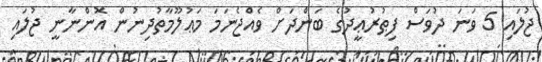
ޖުލައި 5 ވަނަ ދުވަސް ފިޠުރުޢީދުގެ ބަންދަށް ވެއްޖެނަމަ މަޢުލޫމާތުދިނުން އޮންނާނީ ޖުލައި